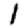
Digit: 1